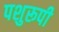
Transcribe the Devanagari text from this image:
पशुरूपी